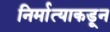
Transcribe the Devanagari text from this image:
निर्मात्याकडून